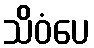
သိဝံပေ